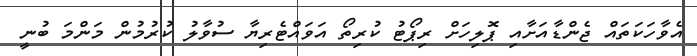
އެވާހަކަތައް ޖެންޑާއަށާއި ޕޮލިހަށް ރިޕޯޓު ކުރިތޯ އަވައްޓެރިޔާ ސުވާލު ކުރުމުން މަންމަ ބުނީ